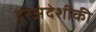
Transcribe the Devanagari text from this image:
दूरअंदेशीकी